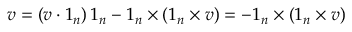
\boldsymbol { v } = ( \boldsymbol { v } \boldsymbol { \cdot } \boldsymbol { 1 } _ { n } ) \, \boldsymbol { 1 } _ { n } - \boldsymbol { 1 } _ { n } \times ( \boldsymbol { 1 } _ { n } \times \boldsymbol { v } ) = - \boldsymbol { 1 } _ { n } \times ( \boldsymbol { 1 } _ { n } \times \boldsymbol { v } )